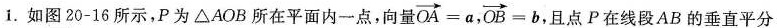
1.如图20-16所示，P为△AOB所在平面内一点，向量 $$\overrightarrow { O A } = a$$ , $$\overrightarrow { O B } = b$$ 且点P在线段AB的垂直平分